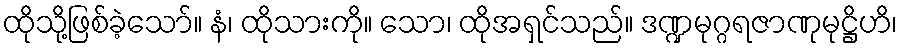
ထိုသို့ဖြစ်ခဲ့သော်။ နံ၊ ထိုသားကို။ သော၊ ထိုအရှင်သည်။ ဒဏ္ဍမုဂ္ဂရဇာဏုမုဋ္ဌိဟိ၊